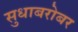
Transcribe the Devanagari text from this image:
सुधाबरोबर